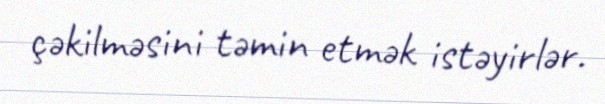
çəkilməsini təmin etmək istəyirlər.